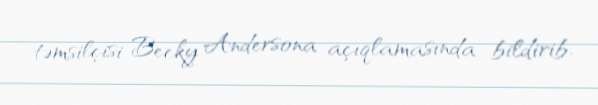
təmsilçisi Becky Andersona açıqlamasında bildirib.